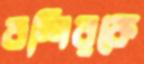
বশিরকে